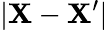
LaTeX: |\mathbf{X}-\mathbf{X}^{\prime}|